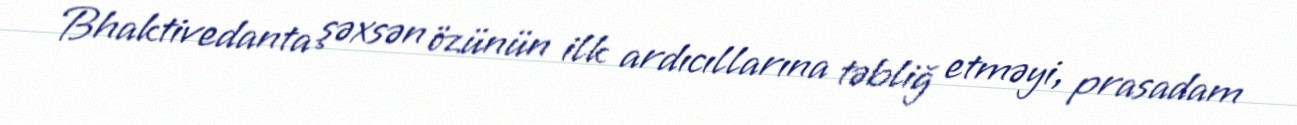
Bhaktivedanta şəxsən özünün ilk ardıcıllarına təbliğ etməyi, prasadam